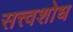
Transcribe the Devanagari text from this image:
सत्त्वशोध